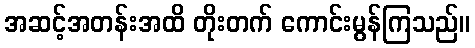
အဆင့်အတန်းအထိ တိုးတက် ကောင်းမွန်ကြသည်။